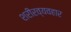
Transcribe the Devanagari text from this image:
शरीरव्यवहार